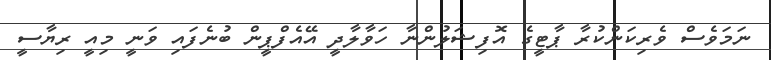
ނަމަވެސް ވެރިކަންކުރާ ޕާޓީގެ އޮފިޝަލުންނާ ހަވާލާދީ އޭއެފްޕީން ބުނެފައި ވަނީ މިއީ ރިޔާސީ